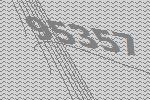
95357